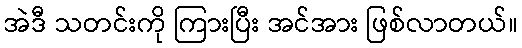
အဲဒီ သတင်းကို ကြားပြီး အင်အား ဖြစ်လာတယ်။